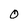
Character: O